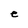
Character: e